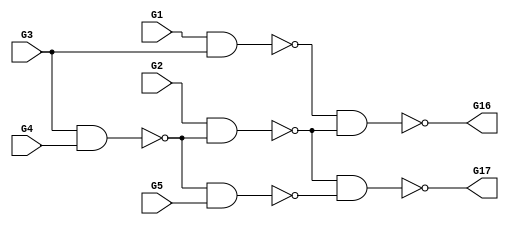
module c17_gates(G1,G16,G17,G2,G3,G4,G5);
input G1,G2,G3,G4,G5;
output G16,G17;

  wire G8,G9,G12,G15;

  nand NAND2_0(G8,G1,G3);
  nand NAND2_1(G9,G3,G4);
  nand NAND2_2(G12,G2,G9);
  nand NAND2_3(G15,G9,G5);
  nand NAND2_4(G16,G8,G12);
  nand NAND2_5(G17,G12,G15);

endmodule